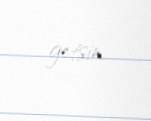
getsin.